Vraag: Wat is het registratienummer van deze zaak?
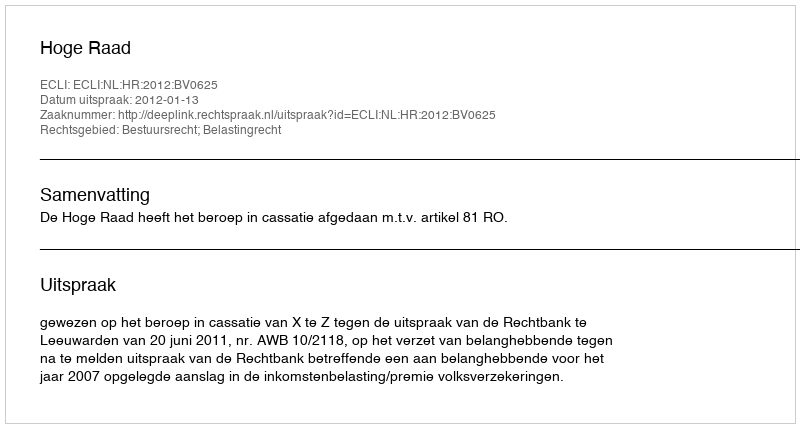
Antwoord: http://deeplink.rechtspraak.nl/uitspraak?id=ECLI:NL:HR:2012:BV0625